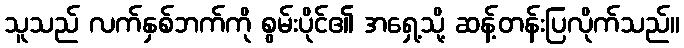
သူသည် လက်နှစ်ဘက်ကို စွမ်းပိုင်၏ အရှေ့သို့ ဆန့်တန်းပြလိုက်သည်။